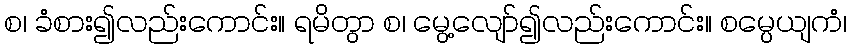
စ၊ ခံစား၍လည်းကောင်း။ ရမိတွာ စ၊ မွေ့လျော်၍လည်းကောင်း။ စမ္ပေယျကံ၊